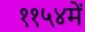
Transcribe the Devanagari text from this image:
११५४में